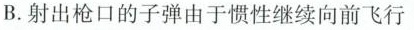
B.射出枪口的子弹由于惯性继续向前飞行